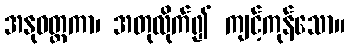
အနုဝတ္တကာ၊ အတုလိုက်၍ ကျင့်ကုန်သော။